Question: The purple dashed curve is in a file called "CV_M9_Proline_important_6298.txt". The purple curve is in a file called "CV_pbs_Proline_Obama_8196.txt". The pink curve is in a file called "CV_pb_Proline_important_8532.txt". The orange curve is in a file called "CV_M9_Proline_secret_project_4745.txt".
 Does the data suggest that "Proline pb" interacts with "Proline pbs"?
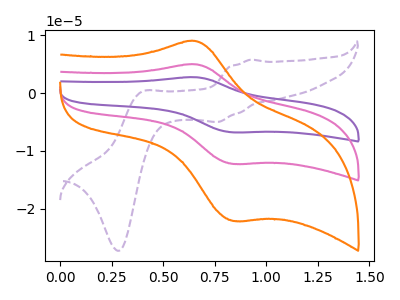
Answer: <think>The purple dashed curve "Proline M9" has anodic peaks at (0.90V, 5.80uA) (0.40V, 0.20uA) and cathodic peaks at (0.75V, -5.00uA) (0.30V, -27.30uA). The purple curve "Proline pbs" has an anodic peak at (0.65V, 10.00uA) and a cathodic peak at (0.85V, -24.55uA). The pink curve "Proline pb" has an anodic peak at (0.65V, 5.00uA) and a cathodic peak at (0.85V, -12.25uA). The orange curve "Proline M9" has an anodic peak at (0.65V, 9.05uA) and a cathodic peak at (0.85V, -22.15uA).
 All the peaks in "Proline pb" have a peak in "Proline pbs" at the same potential. Every peak in "Proline pb" is lower than every peak in "Proline pbs".</think>
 <answer>No, "Proline pb" and "Proline pbs" don't appear to be significantly different in shape</answer>
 <eval>no_change</eval>